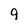
Character: 9